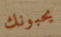
يحبونك